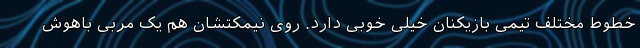
خطوط مختلف تیمی بازیکنان خیلی خوبی دارد. روی نیمکتشان هم یک مربی باهوش